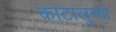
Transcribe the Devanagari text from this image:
काटालुन्या